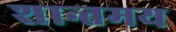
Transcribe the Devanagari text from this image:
शान्तमय